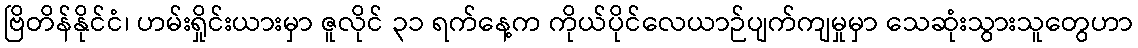
ဗြိတိန်နိုင်ငံ၊ ဟမ်းရှိုင်းယားမှာ ဇူလိုင် ၃၁ ရက်နေ့က ကိုယ်ပိုင်လေယာဉ်ပျက်ကျမှုမှာ သေဆုံးသွားသူတွေဟာ